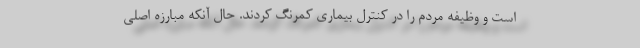
است و وظیفه مردم را در کنترل بیماری کمرنگ کردند. حال آنکه مبارزه اصلی